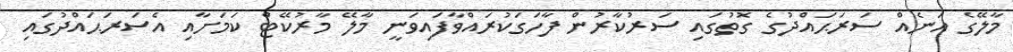
މާލޭގެ އަނެއް ސަރަޙައްދުގެ ގޮތުގައި ސަރުކާރުން ފާހަގަކުރައްވާފައިވަނީ މާލޭ މާރުކޭޓް ކަމަށާއި އެސަރަޙައްދުގައި